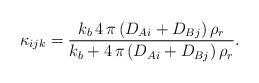
LaTeX: \begin{align*}\displaystyle \kappa_{ijk} = \frac{k_b\,4\,\pi\,(D_{Ai} + D_{Bj})\,\rho_r}{k_b + 4\,\pi\,(D_{Ai} + D_{Bj})\,\rho_r}.\end{align*}